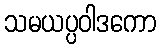
သမယပ္ပဝါဒကော